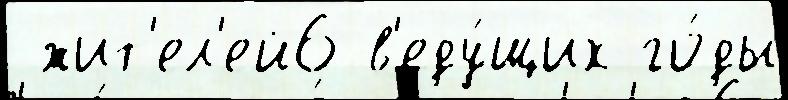
 жит'ел'ей6 в'еду́щих го́ды